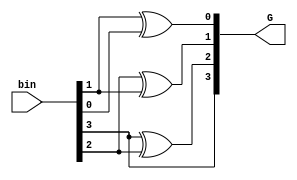
module bin2gray
        (input [3:0] bin, 
         output [3:0] G 
        );


assign G[3] = bin[3];
assign G[2] = bin[3] ^ bin[2];
assign G[1] = bin[2] ^ bin[1];
assign G[0] = bin[1] ^ bin[0];

endmodule

module tb();

   reg [3:0] bin;
    wire [3:0] G;
    
   bin2gray uut1(bin,G);
  
    
  initial
   begin        
   $monitor("bin=%b gray =%b",bin,G);
   
      bin <= 0; #10;
        bin <= 1;   #10;
        bin <= 2;   #10;
        bin <= 3;   #10;
        bin <= 4;   #10;
        bin <= 5;   #10;
        bin <= 6;   #10;
        bin <= 7;   #10;
        bin <= 8;   #10;
        bin <= 9;   #10;
        bin <= 10;  #10;
        bin <= 11;  #10;
        bin <= 12;  #10;
        bin <= 13;  #10;
        bin <= 14;  #10;
        bin <= 15;  
      
    
   end

endmodule